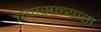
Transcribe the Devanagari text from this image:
तपासल्यास